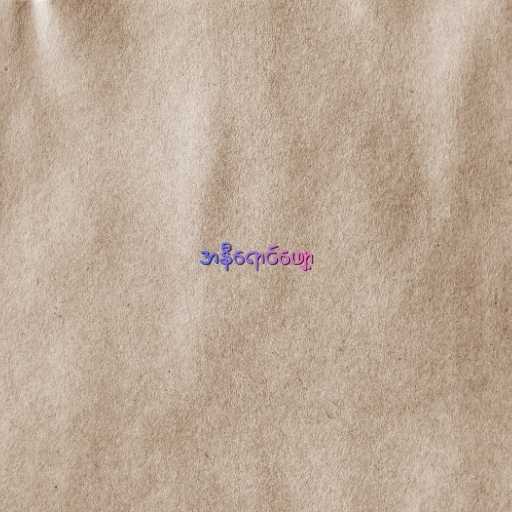
အနီရောင်ဖျော့